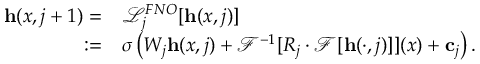
\begin{array} { r l } { \mathbf { h } ( x , j + 1 ) = } & { { } \mathcal { L } _ { j } ^ { F N O } [ \mathbf { h } ( x , j ) ] } \\ { : = } & { { } \sigma \left( W _ { j } \mathbf { h } ( x , j ) + \mathcal { F } ^ { - 1 } [ R _ { j } \cdot \mathcal { F } [ \mathbf { h } ( \cdot , j ) ] ] ( x ) + \mathbf { c } _ { j } \right) . } \end{array}